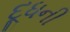
દૂધની